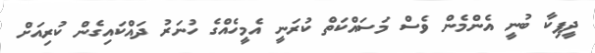
ދީޕިކާ ބުނީ އެންމެން ވެސް މަސައްކަތް ކުރަނީ އެމީހެއްގެ ހުނަރު ދައްކައިގެން ކުރިއަށް